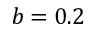
b = 0 . 2